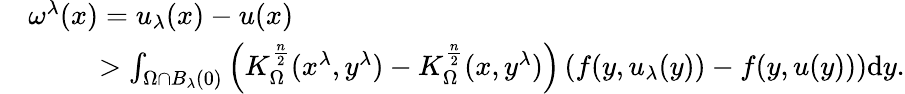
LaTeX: \begin{array}{rl}&{\omega^{\lambda}(x)=u_{\lambda}(x)-u(x)}\\ &{\qquad\, \, \, >\int_{\Omega\cap B_{\lambda}(0)}\left(K_{\Omega}^{\frac{n}{2}}(x^{\lambda},y^{\lambda})-K_{\Omega}^{\frac{n}{2}}(x,y^{\lambda})\right)\left(f(y,u_{\lambda}(y))-f(y,u(y))\right)\mathrm dy.}\end{array}